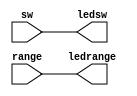
`timescale 1ns / 1ps
//////////////////////////////////////////////////////////////////////////////////
// Company: 
// Engineer: 
// 
// Design Name: 
// Module Name: led
// Project Name: 
// Target Devices: 
// Tool Versions: 
// Description: 
// 
// Dependencies: 
// 
// Revision:
// Revision 0.01 - File Created
// Additional Comments:
// 
//////////////////////////////////////////////////////////////////////////////////


module led(
input  [7:0] sw,
input  [2:0] range,
output reg [7:0] ledsw,
output reg [2:0] ledrange
    );
   
   always@(sw, range) begin
    ledsw = sw;
    ledrange = range;
    end
   
endmodule